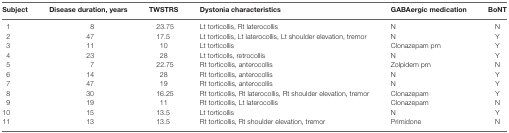
<table><thead><tr><td><b>Subject</b></td><td><b>Disease duration, years</b></td><td><b>TWSTRS</b></td><td><b>Dystonia characteristics</b></td><td><b>GABAergic medication</b></td><td><b>BoNT</b></td></tr></thead><tbody><tr><td>1</td><td>8</td><td>23.75</td><td>Lt torticollis, Rt laterocollis</td><td>N</td><td>N</td></tr><tr><td>2</td><td>47</td><td>17.5</td><td>Lt torticollis, Lt laterocollis, Lt shoulder elevation, tremor</td><td>N</td><td>Y</td></tr><tr><td>3</td><td>11</td><td>10</td><td>Lt torticollis</td><td>Clonazepam prn</td><td>Y</td></tr><tr><td>4</td><td>23</td><td>28</td><td>Lt torticolls, retrocollis</td><td>N</td><td>Y</td></tr><tr><td>5</td><td>7</td><td>22.75</td><td>Rt torticollis, anterocollis</td><td>Zolpidem prn</td><td>N</td></tr><tr><td>6</td><td>14</td><td>28</td><td>Rt torticollis, anterocollis</td><td>N</td><td>Y</td></tr><tr><td>7</td><td>47</td><td>19</td><td>Rt torticollis, anterocollis</td><td>N</td><td>Y</td></tr><tr><td>8</td><td>30</td><td>16.25</td><td>Rt torticollis, Rt laterocollis, Rt shoulder elevation, tremor</td><td>Clonazepam</td><td>Y</td></tr><tr><td>9</td><td>19</td><td>11</td><td>Rt torticollis, Lt laterocollis</td><td>Clonazepam</td><td>N</td></tr><tr><td>10</td><td>15</td><td>13.5</td><td>Lt torticollis</td><td>N</td><td>Y</td></tr><tr><td>11</td><td>13</td><td>13.5</td><td>Rt torticollis, Rt shoulder elevation, tremor</td><td>Primidone</td><td>N</td></tr></tbody></table>